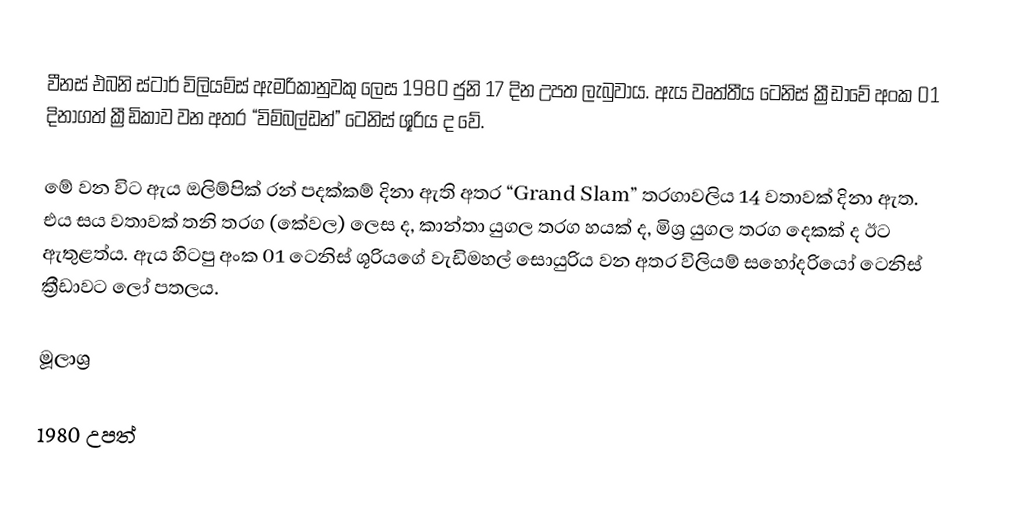
වීනස් එබනි ස්ටාර් විලියම්ස් ඇමරිකානුවකු ලෙස 1980 ජුනි 17 දින උපත ලැබුවාය. ඇය වෘත්තීය ටෙනිස් ක්‍රීඩාවේ අංක 01 දිනාගත් ක්‍රීඩිකාව වන අතර “විම්බල්ඩන්” ටෙනිස් ශූරිය ද වේ.

මේ වන විට ඇය ඔලිම්පික් රන් පදක්කම් දිනා ඇති අතර “Grand Slam” තරගාවලිය 14 වතාවක් දිනා ඇත. එය සය වතාවක් තනි තරග (කේවල) ලෙස ද, කාන්තා යුගල තරග හයක් ද, මිශ්‍ර යුගල තරග දෙකක් ද ඊට ඇතුළත්ය. ඇය හිටපු අංක 01 ටෙනිස් ශූරියගේ වැඩිමහල් සොයුරිය වන අතර විලියම් සහෝදරියෝ ටෙනිස් ක්‍රීඩාවට ලෝ පතලය.

මූලාශ්‍ර

1980 උපත්